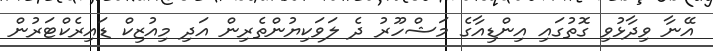
އޭނާ ވިދާޅުވި ގޮތުގައި އިންޑިއާގެ މަޝްހޫރު ދެ ލަވަކިޔުންތެރިން އަދި މިއުޒިކް ޑައިރެކްޓަރުން